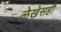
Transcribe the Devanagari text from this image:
लेखेसही